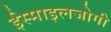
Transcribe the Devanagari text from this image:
ईस्माइलजोगी